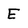
Character: E